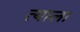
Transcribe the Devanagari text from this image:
त्‍याला